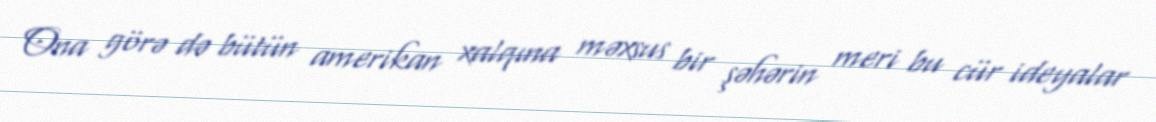
Ona görə də bütün amerikan xalqına məxsus bir şəhərin meri bu cür ideyalar